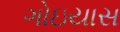
ગોઇયાસ